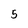
Character: 5